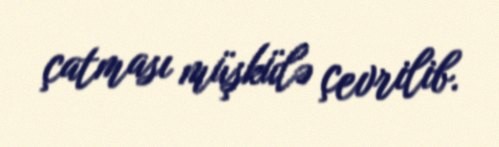
çatması müşkülə çevrilib.